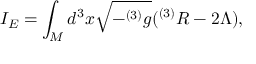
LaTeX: I _ { E } = \int _ { M } d ^ { 3 } x \sqrt { - ^ { ( 3 ) } g } ( ^ { ( 3 ) } R - 2 \Lambda ) ,